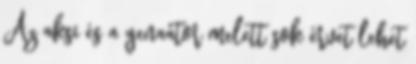
Az aksi és a genaátor melett sok érvet lehet